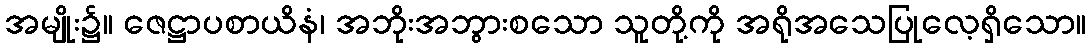
အမျိုး၌။ ဇေဋ္ဌာပစာယိနံ၊ အဘိုးအဘွားစသော သူတို့ကို အရိုအသေပြုလေ့ရှိသော။